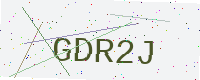
Text: GDR2J